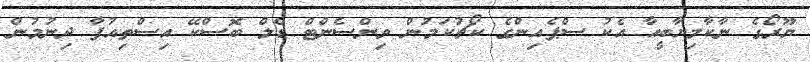
ޔޫރޯގެ ނާކާމިޔާބީއާ އެކު ސްޕެއިންގެ ކޯޗުކަމުން ވިންސެންޓް ޑެލް ބޮސްކޭ އިސްތިއުފާ ދިނުމުން